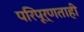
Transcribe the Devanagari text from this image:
परिपूर्णताही